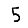
Digit: 5